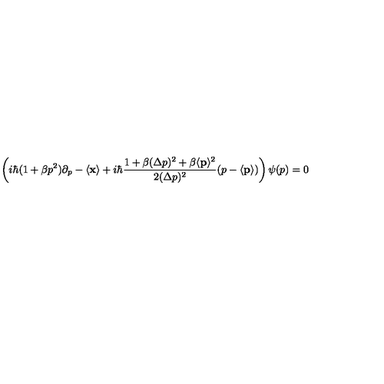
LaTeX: \left( i \hbar ( 1 + \beta p ^ { 2 } ) \partial _ { p } - \langle { \bf { x } } \rangle + i \hbar \frac { 1 + \beta ( \Delta p ) ^ { 2 } + \beta \langle { \bf { p } } \rangle ^ { 2 } } { 2 ( \Delta p ) ^ { 2 } } ( p - \langle { \bf { p } } \rangle ) \right) \psi ( p ) = 0